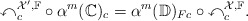
\begin{align*}\mathbb{x}_c^{\mathcal{X}',\mathbb{F}}\circ \alpha^{m}(\mathbb{C})_c=\alpha^m(\mathbb{D})_{Fc}\circ\mathbb{x}^{\mathcal{X},\mathbb{F}}_c.\end{align*}